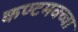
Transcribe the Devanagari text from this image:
कण्टमवच्चा